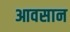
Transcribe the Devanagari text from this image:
आवसान